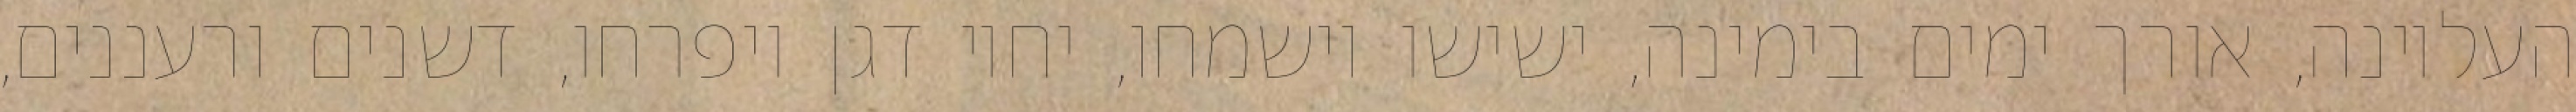
העליונה, אורך ימים בימינה, ישישו וישמחו, יחיו דגן ויפרחו, דשנים ורעננים,